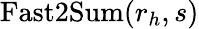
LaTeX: \mathrm{Fast2Sum}(r_{h},s)